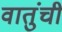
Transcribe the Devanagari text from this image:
वातुंची